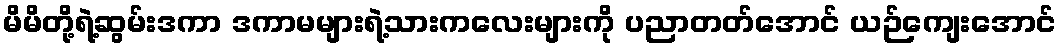
မိမိတို့ရဲ့ဆွမ်းဒကာ ဒကာမများရဲ့သားကလေးများကို ပညာတတ်အောင် ယဉ်ကျေးအောင်